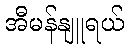
အီမန်နျူရယ်